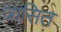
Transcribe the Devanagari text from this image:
त्रासित